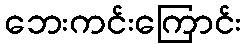
ဘေးကင်းကြောင်း